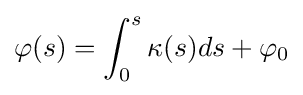
\varphi (s)=\int _{0}^{s}\kappa (s)ds+\varphi _{0}